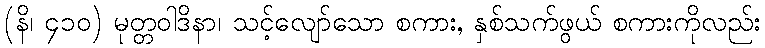
(နိ၊ ၄၁၀) မုတ္တဝါဒိနာ၊ သင့်လျော်သော စကား, နှစ်သက်ဖွယ် စကားကိုလည်း